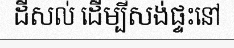
ដីសល់ ដើម្បីសង់ផ្ទះនៅ